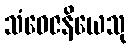
သံဝေဇနိယေသု